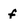
Character: f